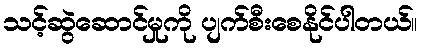
သင့်ဆွဲဆောင်မှုကို ပျက်စီးစေနိုင်ပါတယ်။